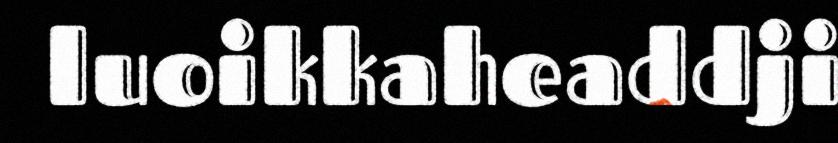
luoikkaheaddji